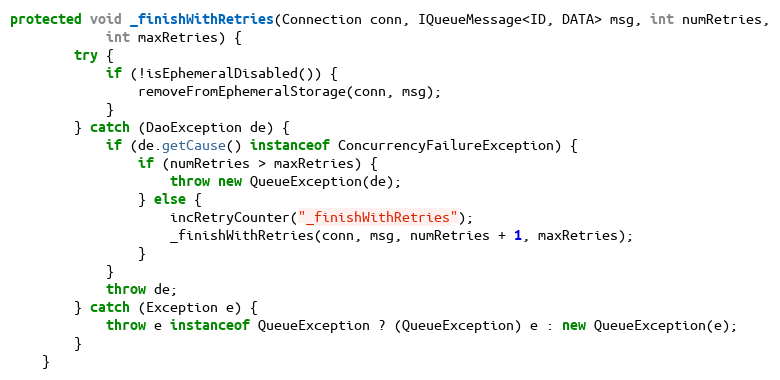
Language: Java
protected void _finishWithRetries(Connection conn, IQueueMessage<ID, DATA> msg, int numRetries,
            int maxRetries) {
        try {
            if (!isEphemeralDisabled()) {
                removeFromEphemeralStorage(conn, msg);
            }
        } catch (DaoException de) {
            if (de.getCause() instanceof ConcurrencyFailureException) {
                if (numRetries > maxRetries) {
                    throw new QueueException(de);
                } else {
                    incRetryCounter("_finishWithRetries");
                    _finishWithRetries(conn, msg, numRetries + 1, maxRetries);
                }
            }
            throw de;
        } catch (Exception e) {
            throw e instanceof QueueException ? (QueueException) e : new QueueException(e);
        }
    }